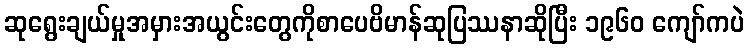
ဆုရွေးချယ်မှုအမှားအယွင်းတွေကိုစာပေဗိမာန်ဆုပြဿနာဆိုပြီး ၁၉၆၀ ကျော်ကပဲ